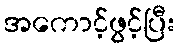
အကောင့်ဖွင့်ပြီး